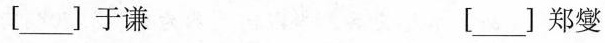
[ ___ ] 于谦 [ ___ ] 郑燮